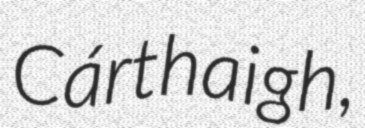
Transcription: Cárthaigh,